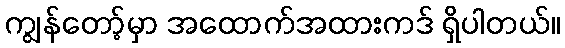
ကျွန်တော့်မှာ အထောက်အထားကဒ် ရှိပါတယ်။